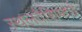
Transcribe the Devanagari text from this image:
स्थलवैशिष्ट्ये